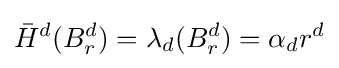
{\bar {H}}^{d}(B_{r}^{d})=\lambda _{d}(B_{r}^{d})=\alpha _{d}r^{d}